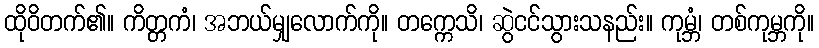
ထိုဝိတက်၏။ ကိတ္တကံ၊ အဘယ်မျှလောက်ကို။ တက္ကေသိ၊ ဆွဲငင်သွားသနည်း။ ကုမ္ဘံ၊ တစ်ကုမ္ဘကို။